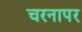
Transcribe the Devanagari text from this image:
चरनापर